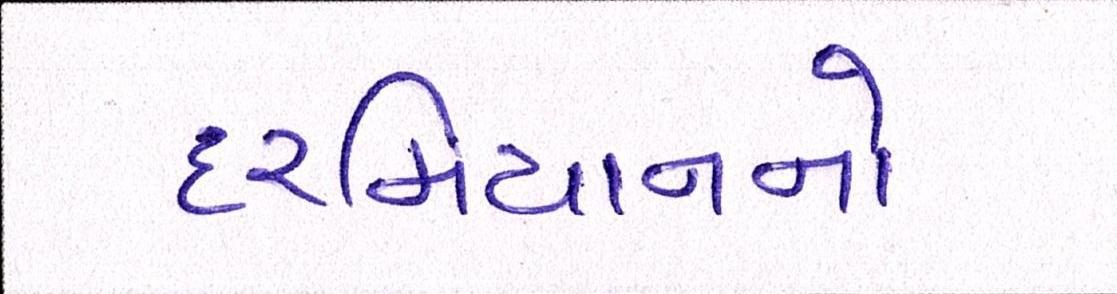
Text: દરમિયાનનો